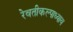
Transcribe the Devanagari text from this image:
रेवतीकल्पाध्याय